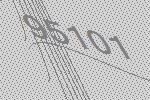
95101